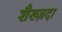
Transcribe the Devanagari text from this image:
शैख्ज़दा